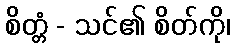
စိတ္တံ - သင်၏ စိတ်ကို၊